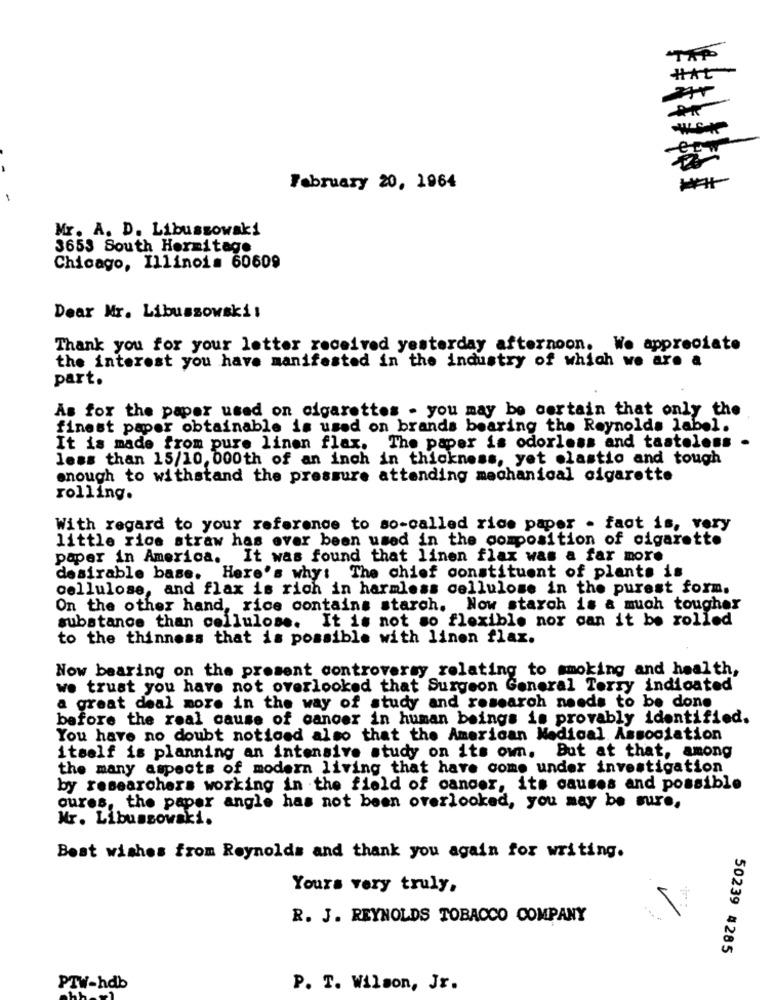
^TAP
HIAt
February 20, 1964
Mr. A. D. Libuszowak!
3653 South Hermitage
Chicago, Illinois 60609
Dear Mr. Libussowski:
Thank you for your letter received yesterday afternoon. We appreciate
the interest you have manifested in the industry of which we are a
part.
As for the paper used on cigarettes - you may be certain that only the
finest paper obtainable is used on brands bearing the Reynolds label.
It is made from pure linen flax. The paper is odorless and tasteless .
less than 15/10, 000th of an inch in thickness, yet olastio and tough
enough to withstand the pressure attending mechanical cigarette
rolling.
With regard to your reference to so-called rice paper . fact is, very
little rice straw has ever been used in the composition of cigarette
paper in America. It was found that linen flax was a far more
desirable base.
Here's why: The chief constituent of plants is
cellulose, and flax is rich in harmless cellulose in the purest form.
On the other hand, rice contains starch. Now starch is a much tougher
substance than cellulose. It is not so flexible nor can it be rolled
to the thinness that is possible with linen flax.
Now bearing on the present controversy relating to smoking and health,
we trust you have not overlooked that Surgeon General Terry indicated
a great deal more in the way of study and research needs to be done
before the real cause of cancer in human beings is provably identified.
You have no doubt noticed also that the American Medical Association
itself is planning an intensive study on its own.
But at that, among
the many aspects of modern living that have come under investigation
by researchers working in the field of cancer, its causes and possible
oures, the paper angle has not been overlooked, you may be sure,
Mr. Libuszowaki.
Best wishes from Reynolds and thank you again for writing.
Yours very truly,
R. J. REYNOLDS TOBACCO COMPANY
50239 4285
PTW-hdb
P. T. Wilson, Jr.